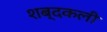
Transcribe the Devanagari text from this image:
शब्दकली